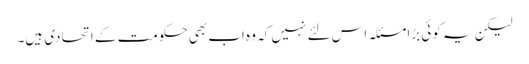
لیکن یہ کوئی بڑا مسئلہ اس لئے نہیں کہ وہ اب بھی حکومت کے اتحادی ہیں۔